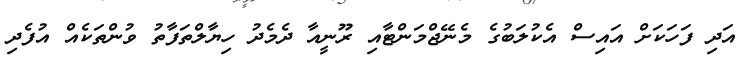
އަދި ފަހަކަށް އައިސް އެކުލަބުގެ މެނޭޖްމަންޓާއި ރޫނީއާ ދެމެދު ހިޔާލްތަފާތު ވުންތަކެއް އުފެދި